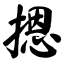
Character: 摁